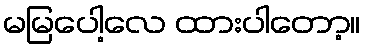
မမြပေါ့လေ ထားပါတော့။